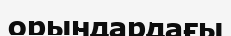
орындардағы